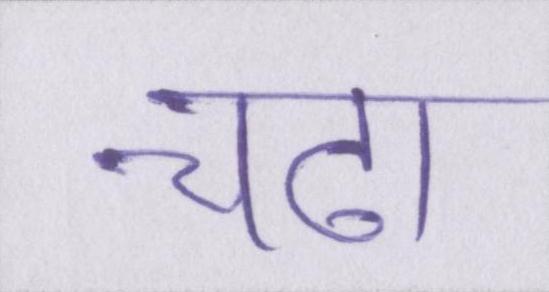
चढा